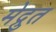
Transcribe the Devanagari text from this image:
मेद्रुत